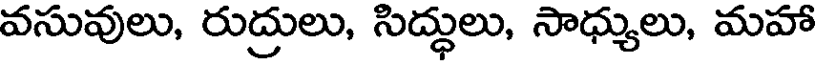
వసువులు, రుద్రులు, సిద్ధులు, సాధ్యులు, మహా